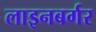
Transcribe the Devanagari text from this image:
लाइनबर्गर